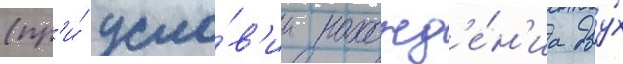
(пр'и́ усло́в'ии нахожд'е́н'иа дву́х